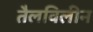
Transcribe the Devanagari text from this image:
तैलविलीन